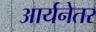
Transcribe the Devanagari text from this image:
आर्यनेतर